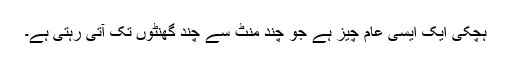
ہچکی ایک ایسی عام چیز ہے جو چند منٹ سے چند گھنٹوں تک آتی رہتی ہے۔